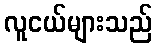
လူငယ်များသည်